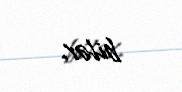
bilər.